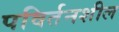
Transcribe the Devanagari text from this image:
पविर्तनशील